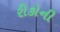
રીકોની